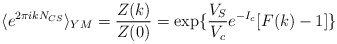
\begin{align*}\langle e^{2\pi i kN_{CS}}\rangle_{YM}=\frac{Z(k)}{Z(0)} = \exp\{\frac{V_S}{V_c}e^{-I_c}[F(k)-1]\}\end{align*}